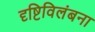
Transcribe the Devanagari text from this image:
दृष्टिविलंबना